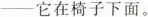
-它在椅子下面。